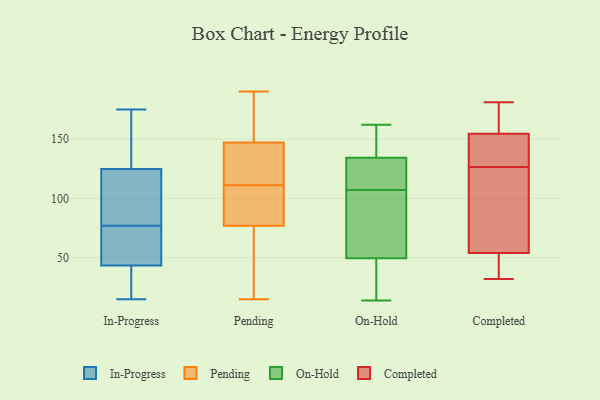
{"axis": {"x": "Inventory Turnover", "y": "Value"}, "legend": ["Completed", "In-Progress", "On-Hold", "Pending"], "data": [{"x": "", "y": 21, "type": "In-Progress"}, {"x": "", "y": 77, "type": "In-Progress"}, {"x": "", "y": 15, "type": "In-Progress"}, {"x": "", "y": 32, "type": "In-Progress"}, {"x": "", "y": 63, "type": "In-Progress"}, {"x": "", "y": 139, "type": "In-Progress"}, {"x": "", "y": 22, "type": "In-Progress"}, {"x": "", "y": 137, "type": "In-Progress"}, {"x": "", "y": 127, "type": "In-Progress"}, {"x": "", "y": 106, "type": "In-Progress"}, {"x": "", "y": 71, "type": "In-Progress"}, {"x": "", "y": 40, "type": "In-Progress"}, {"x": "", "y": 108, "type": "In-Progress"}, {"x": "", "y": 54, "type": "In-Progress"}, {"x": "", "y": 117, "type": "In-Progress"}, {"x": "", "y": 69, "type": "In-Progress"}, {"x": "", "y": 146, "type": "In-Progress"}, {"x": "", "y": 118, "type": "In-Progress"}, {"x": "", "y": 175, "type": "In-Progress"}, {"x": "", "y": 125, "type": "Pending"}, {"x": "", "y": 15, "type": "Pending"}, {"x": "", "y": 143, "type": "Pending"}, {"x": "", "y": 147, "type": "Pending"}, {"x": "", "y": 166, "type": "Pending"}, {"x": "", "y": 87, "type": "Pending"}, {"x": "", "y": 61, "type": "Pending"}, {"x": "", "y": 98, "type": "Pending"}, {"x": "", "y": 96, "type": "Pending"}, {"x": "", "y": 62, "type": "Pending"}, {"x": "", "y": 124, "type": "Pending"}, {"x": "", "y": 190, "type": "Pending"}, {"x": "", "y": 146, "type": "Pending"}, {"x": "", "y": 64, "type": "Pending"}, {"x": "", "y": 77, "type": "Pending"}, {"x": "", "y": 159, "type": "Pending"}, {"x": "", "y": 162, "type": "Pending"}, {"x": "", "y": 83, "type": "Pending"}, {"x": "", "y": 65, "type": "On-Hold"}, {"x": "", "y": 14, "type": "On-Hold"}, {"x": "", "y": 105, "type": "On-Hold"}, {"x": "", "y": 83, "type": "On-Hold"}, {"x": "", "y": 134, "type": "On-Hold"}, {"x": "", "y": 157, "type": "On-Hold"}, {"x": "", "y": 162, "type": "On-Hold"}, {"x": "", "y": 135, "type": "On-Hold"}, {"x": "", "y": 14, "type": "On-Hold"}, {"x": "", "y": 137, "type": "On-Hold"}, {"x": "", "y": 110, "type": "On-Hold"}, {"x": "", "y": 120, "type": "On-Hold"}, {"x": "", "y": 60, "type": "On-Hold"}, {"x": "", "y": 134, "type": "On-Hold"}, {"x": "", "y": 18, "type": "On-Hold"}, {"x": "", "y": 107, "type": "On-Hold"}, {"x": "", "y": 18, "type": "On-Hold"}, {"x": "", "y": 181, "type": "Completed"}, {"x": "", "y": 155, "type": "Completed"}, {"x": "", "y": 140, "type": "Completed"}, {"x": "", "y": 39, "type": "Completed"}, {"x": "", "y": 96, "type": "Completed"}, {"x": "", "y": 113, "type": "Completed"}, {"x": "", "y": 43, "type": "Completed"}, {"x": "", "y": 32, "type": "Completed"}, {"x": "", "y": 154, "type": "Completed"}, {"x": "", "y": 176, "type": "Completed"}, {"x": "", "y": 149, "type": "Completed"}, {"x": "", "y": 65, "type": "Completed"}]}